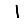
Digit: 1